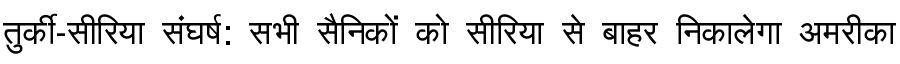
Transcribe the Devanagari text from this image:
तुर्की-सीरिया संघर्ष: सभी सैनिकों को सीरिया से बाहर निकालेगा अमरीका